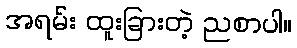
အရမ်း ထူးခြားတဲ့ ညစာပါ။